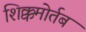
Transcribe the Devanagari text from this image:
शिक्कमोर्तब